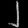
Digit: ၂